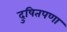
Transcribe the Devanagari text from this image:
दुषितपणा